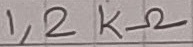
Text: 1,2KΩ